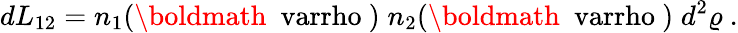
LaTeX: dL_{12}=n_{1}({\mathrm{\boldmath~\ varrho~}})\; n_{2}({\mathrm{\boldmath~\ varrho~}})\; d^{2}\varrho\ .